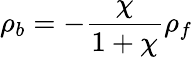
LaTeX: \rho_{b}=-{\frac{\chi}{1+\chi}}\rho_{f}